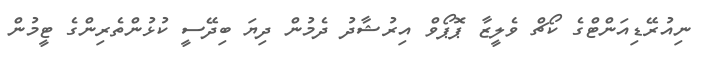
ނިއުރޭޑިއަންޓްގެ ކޯޗް ވެލީޒާ ޕޮޕޯވް އިރުޝާދު ދެމުން ދިޔަ ބިދޭސީ ކުޅުންތެރިންގެ ޓީމުން